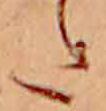
た